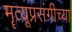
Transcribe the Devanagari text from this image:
मॄत्यूप्रसंगीच्या